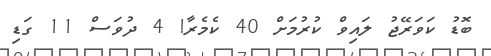
ބޮޑު ކަވަރޭޖު ލައިވް ކުރުމަށް 40 ކެމެރާ! 4 ދުވަސް 11 ގަޑި